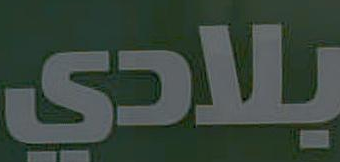
بلادي